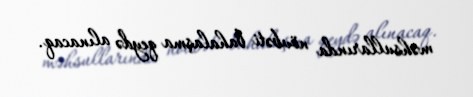
məhsullarında növbəti bahalaşma qeydə alınacaq.